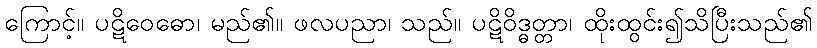
ကြောင့်။ ပဋိဝေဓော၊ မည်၏။ ဖလပညာ၊ သည်။ ပဋိဝိဒ္ဓတ္တာ၊ ထိုးထွင်း၍သိပြီးသည်၏